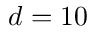
d = 1 0